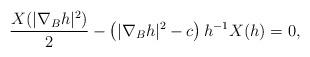
LaTeX: \begin{align*}\frac{X(|\nabla_Bh|^2)}{2}-\left( |\nabla_B h|^2-c\right)h^{-1}X(h)=0, \end{align*}